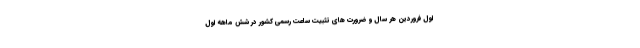
اول فروردین هر سال و ضرورت های تثبیت ساعت رسمی کشور در شش ماهه اول